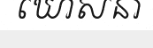
ឃោសនា